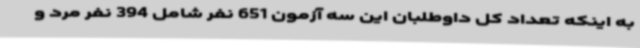
به اینکه تعداد کل داوطلبان این سه آزمون 651 نفر شامل 394 نفر مرد و